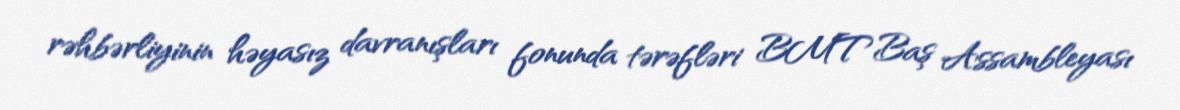
rəhbərliyinin həyasız davranışları fonunda tərəfləri BMT Baş Assambleyası